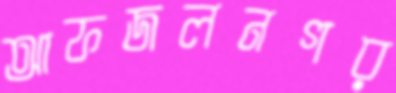
আফজলনগর